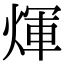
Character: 煇